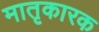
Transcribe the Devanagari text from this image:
मातृकारक